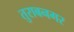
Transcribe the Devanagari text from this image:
तुराबनगर